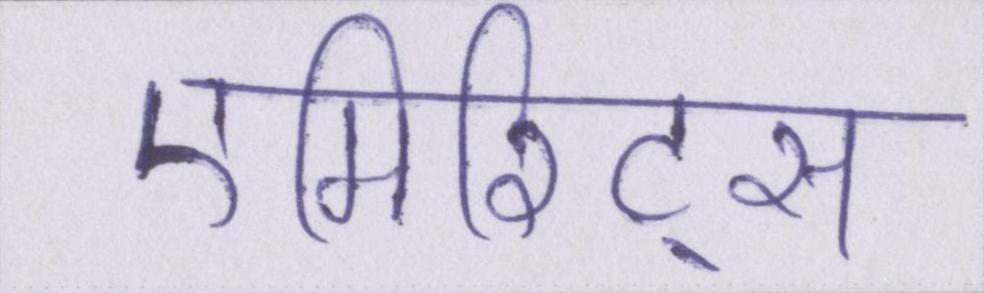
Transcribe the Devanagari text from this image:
एमिरिट्स